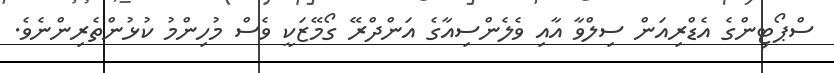
ސްޕޯޓިންގެ އެޑްރިއަން ސިލްވާ އާއި ވެލެންސިއާގެ އަންދްރޭ ގޯމޭޒަކީ ވެސް މުހިންމު ކުޅުންތެރިންނެވެ.